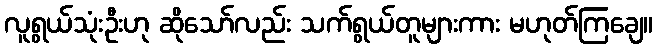
လူရွယ်သုံးဦးဟု ဆိုသော်လည်း သက်ရွယ်တူများကား မဟုတ်ကြချေ။